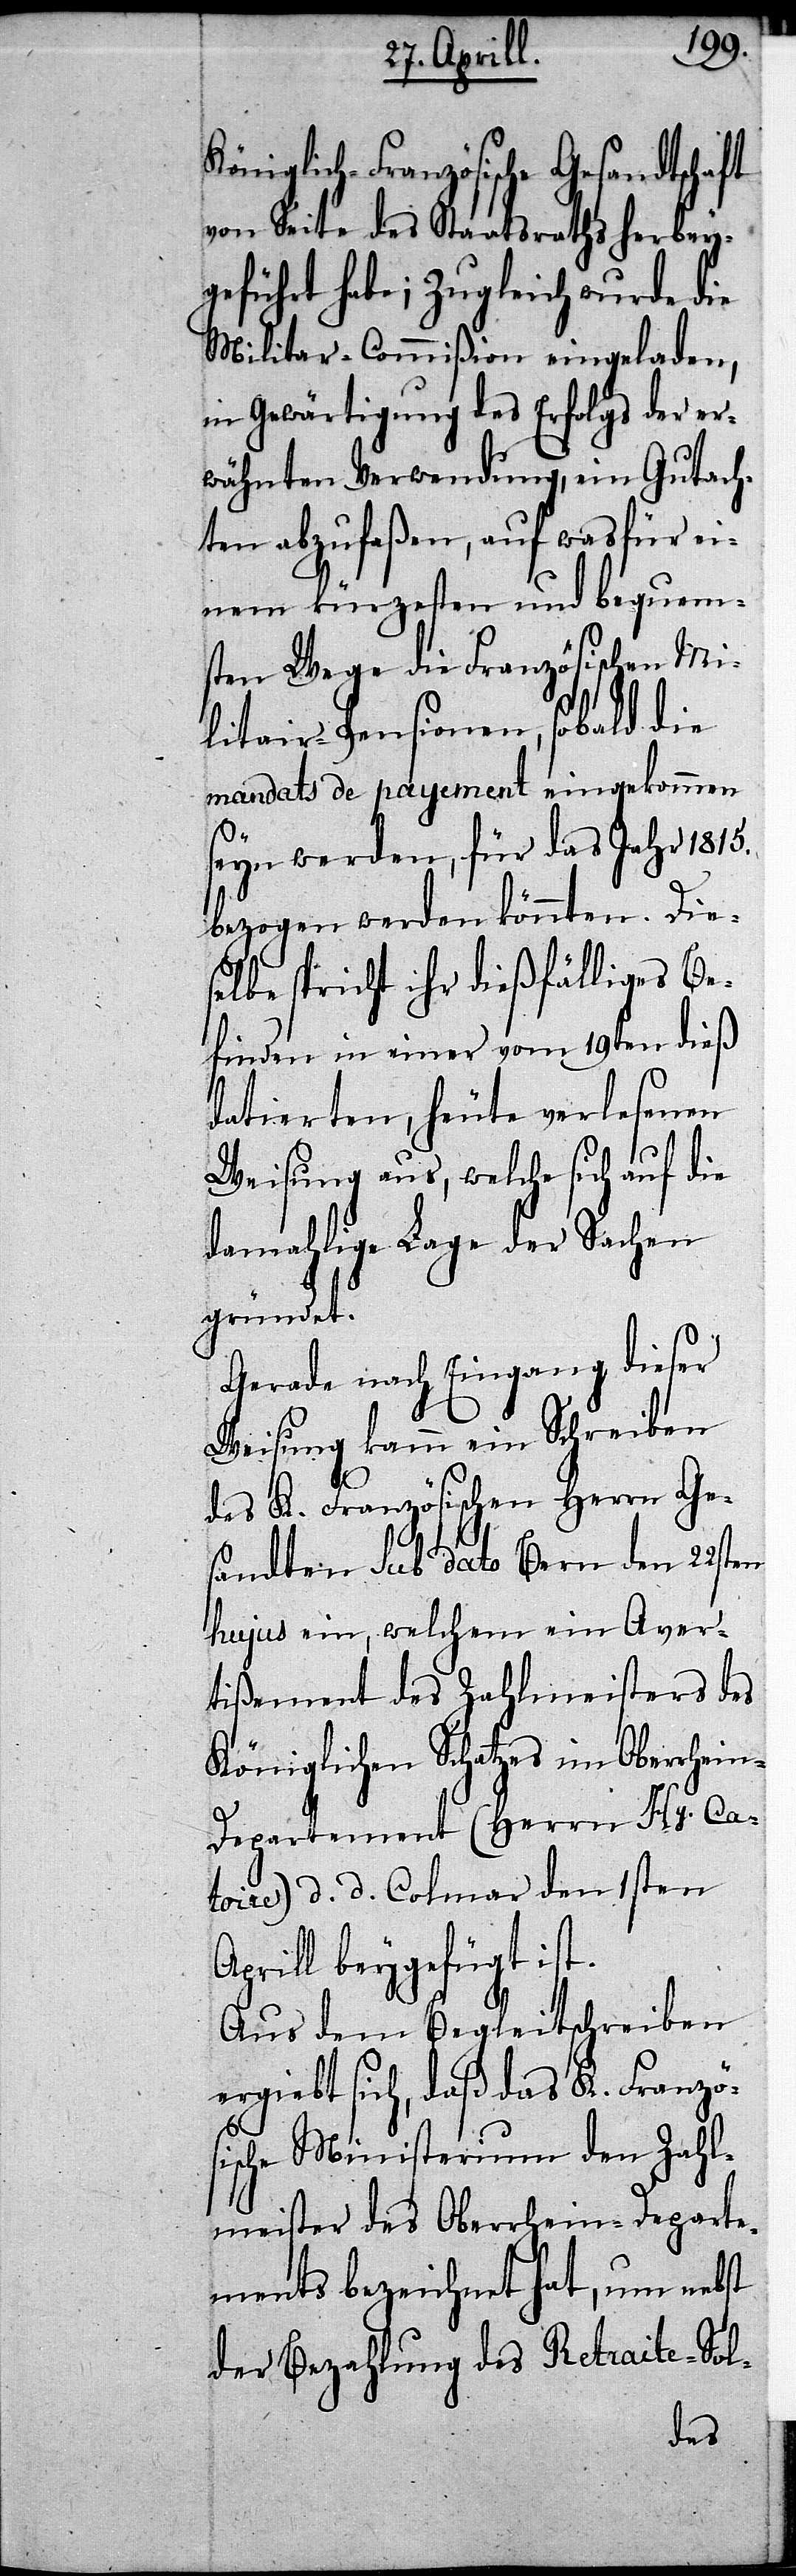
Königlich-Französische Gesandtschaft
von Seite des Staatsraths herbey¬
geführt habe; zugleich wurde die
Militar-Commißion eingeladen,
in Gewärtigung des Erfolgs der er¬
wähnten Verwendung, ein Gutach¬
ten abzufaßen, auf was für ei¬
nem kürzesten und bequem¬
sten Wege die Französischen Mi¬
litair-Pensionen, sobald die
mandats de payement eingekommen
seyn werden, für das Jahr 1815.
bezogen werden könnten. Die¬
selbe spricht ihr dießfälliges Be¬
finden in einer vom 19ten dieß
datierten, heute verlesenen
Weisung aus, welche sich auf die
damahlige Lage der Sachen
gründet.
Gerade nach Eingang dieser
Weisung kamm ein Schreiben
des K. Französischen Herrn Ge¬
sandten sub dato Bern den 22sten
hujus ein, welchem ein Aver¬
tißement des Zahlmeisters des
Königlichen Schatzes im Oberrhei¬
n-Departement (Herrn Hy. Ca¬
toire) d. d. Colmar den 1sten
Aprill beygefügt ist.
Aus dem Begleitschreiben
ergiebt sich, daß das K. Französ¬
ische Ministerium den Zahl¬
meister des Oberrhein-Departe¬
ments bezeichnet hat, nun nebst
der Bezahlung des Retraite-Sol-